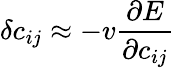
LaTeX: \delta c_{ij}\approx-v\frac{\partial E}{\partial c_{ij}}